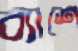
ব্যাশে